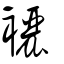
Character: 襹